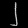
Digit: ၂